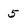
Character: 5